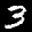
Label: 3